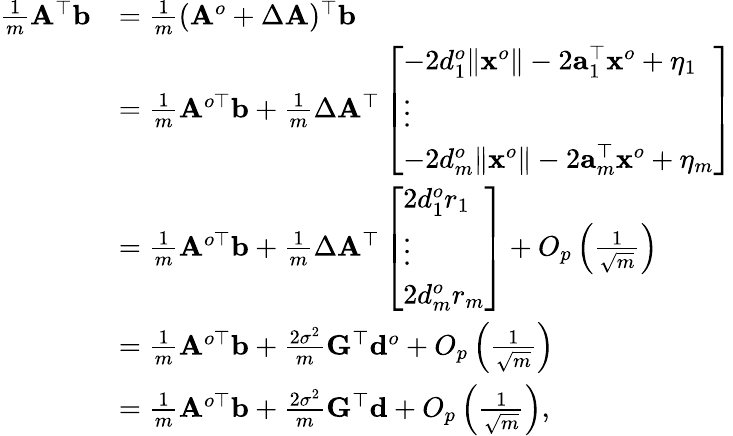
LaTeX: \begin{array}{rl}{\frac{1}{m}{\mathbf A}^{\top}{\mathbf b}}&{=\frac{1}{m}({\mathbf A}^{o}+\Delta{\mathbf A})^{\top}{\mathbf b}}\\ &{=\frac{1}{m}{\mathbf A}^{o\top}{\mathbf b}+\frac{1}{m}\Delta{\mathbf A}^{\top}\left[\begin{array}{l}{-2d_{1}^{o}\| {\mathbf x}^{o}\| -2{\mathbf a}_{1}^{\top}{\mathbf x}^{o}+\eta_{1}}\\ {\vdots}\\ {-2d_{m}^{o}\| {\mathbf x}^{o}\| -2{\mathbf a}_{m}^{\top}{\mathbf x}^{o}+\eta_{m}}\end{array}\right]}\\ &{=\frac{1}{m}{\mathbf A}^{o\top}{\mathbf b}+\frac{1}{m}\Delta{\mathbf A}^{\top}\left[\begin{array}{l}{2d_{1}^{o}r_{1}}\\ {\vdots}\\ {2d_{m}^{o}r_{m}}\end{array}\right]+O_{p}\left(\frac{1}{\sqrt{m}}\right)}\\ &{=\frac{1}{m}{\mathbf A}^{o\top}{\mathbf b}+\frac{2\sigma^{2}}{m}{\mathbf G}^{\top}{\mathbf d}^{o}+O_{p}\left(\frac{1}{\sqrt{m}}\right)}\\ &{=\frac{1}{m}{\mathbf A}^{o\top}{\mathbf b}+\frac{2\sigma^{2}}{m}{\mathbf G}^{\top}{\mathbf d}+O_{p}\left(\frac{1}{\sqrt{m}}\right),}\end{array}